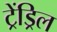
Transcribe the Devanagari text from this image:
ट्रेंड्रिल